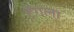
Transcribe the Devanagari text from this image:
टेंगला